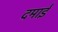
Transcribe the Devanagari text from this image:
दमाई